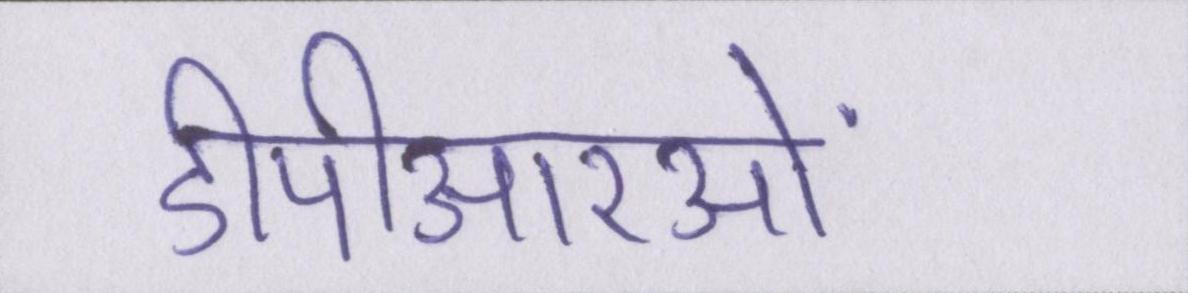
डीपीआरओं